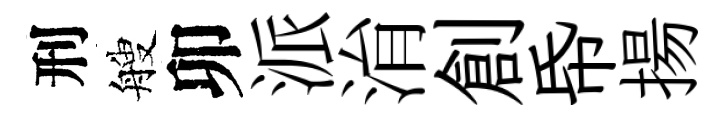
刑艘卯派㳙創帋揚